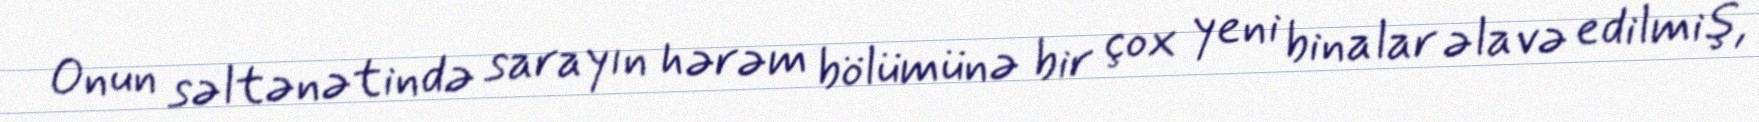
Onun səltənətində sarayın hərəm bölümünə bir çox yeni binalar əlavə edilmiş,